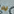
به